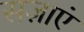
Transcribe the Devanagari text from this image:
सज़ाएं